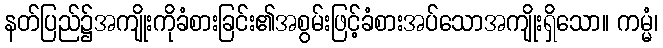
နတ်ပြည်၌အကျိုးကိုခံစားခြင်း၏အစွမ်းဖြင့်ခံစားအပ်သောအကျိုးရှိသော။ ကမ္မံ၊